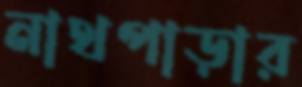
নাথপাড়ার